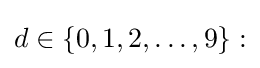
d\in \{0,1,2,\ldots ,9\}: